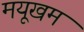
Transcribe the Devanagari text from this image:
मयूखम